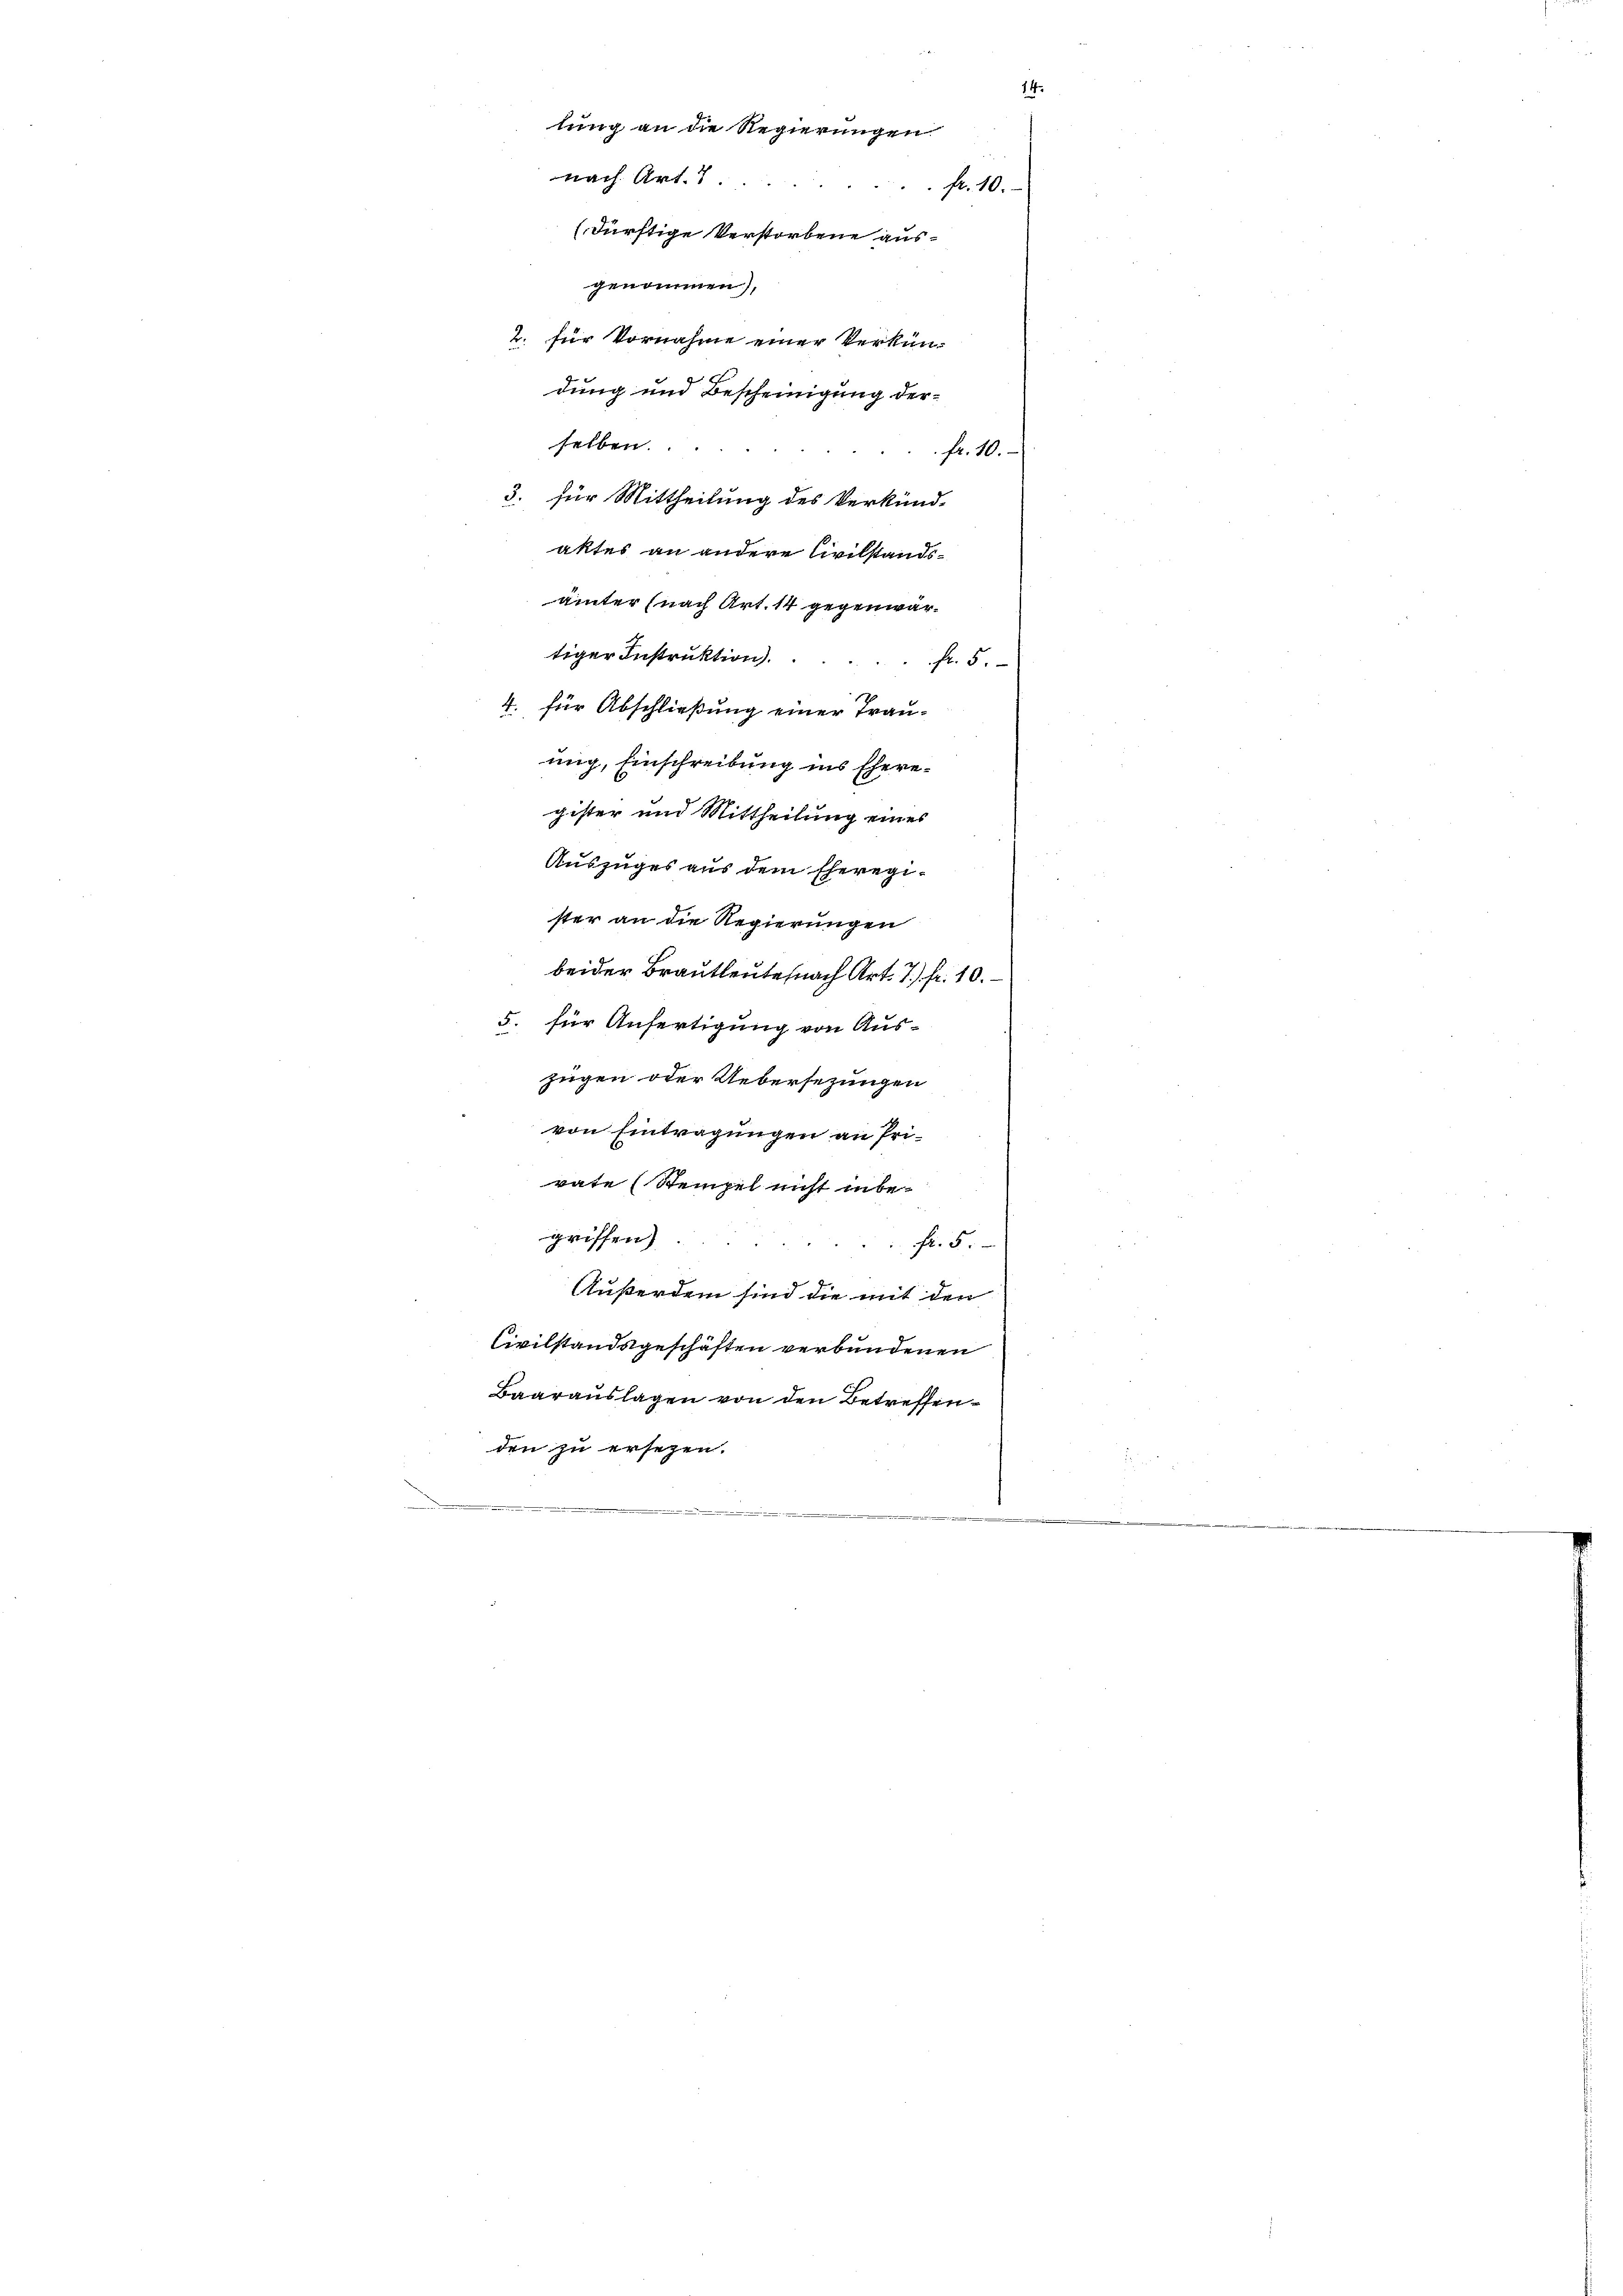
14.
lung an die Regierungen
nach Art. 7
fr. 10.
(dürftige Verstorbene ausgenommen),
2. für Vornahme einer Verkündung und Bescheinigung derselben.
fr. 10.
3. für Mittheilung des Verkünd-
aktes an andere Civilstands¬
Unter (nach Art. 14 gegenwär¬

Fr. 5.
vate (Stempel nicht inbegriffen)
Fr. 5
Außerdem sind die mit den
Civilstandsgeschäften verbundenen
Baarauslagen von den Betreffenden zu ersezen.

tiger Instruktion.
4. für Abschließung einer Trau-
nig, Einschreibung ins Eheregister und Mittheilung eines
Auszuges aus dem Eheregister an die Regierungen
beider Brautleute (nach Art. 7. fr. 10.
5. für Anfertigung von Auszügen oder Uebersezungen
von Eintragungen an Pri¬